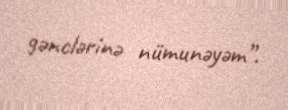
gənclərinə nümunəyəm”.